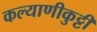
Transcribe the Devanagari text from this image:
कल्याणीकुट्टी